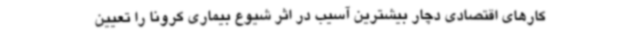
کارهای اقتصادی دچار بیشترین آسیب در اثر شیوع بیماری کرونا را تعیین